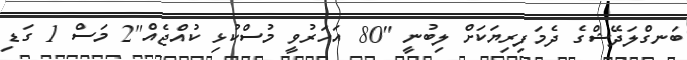
ބަނގްލަދޭޝްގެ ދެމަފިރިޔަކަށް ލިބުނީ "80 އަހަރުވީ މުސްކުޅި ކުއްޖެއް"2 މަސް 1 ގަޑި